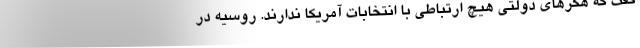
گفت که هکرهای دولتی هیچ ارتباطی با انتخابات آمریکا ندارند. روسیه در